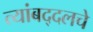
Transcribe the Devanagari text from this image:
त्यांबद्दलचे